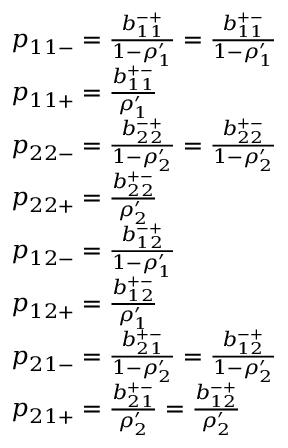
\begin{array} { r l } & { p _ { 1 1 - } = \frac { b _ { 1 1 } ^ { - + } } { 1 - \rho _ { 1 } ^ { \prime } } = \frac { b _ { 1 1 } ^ { + - } } { 1 - \rho _ { 1 } ^ { \prime } } } \\ & { p _ { 1 1 + } = \frac { b _ { 1 1 } ^ { + - } } { \rho _ { 1 } ^ { \prime } } } \\ & { p _ { 2 2 - } = \frac { b _ { 2 2 } ^ { - + } } { 1 - \rho _ { 2 } ^ { \prime } } = \frac { b _ { 2 2 } ^ { + - } } { 1 - \rho _ { 2 } ^ { \prime } } } \\ & { p _ { 2 2 + } = \frac { b _ { 2 2 } ^ { + - } } { \rho _ { 2 } ^ { \prime } } } \\ & { p _ { 1 2 - } = \frac { b _ { 1 2 } ^ { - + } } { 1 - \rho _ { 1 } ^ { \prime } } } \\ & { p _ { 1 2 + } = \frac { b _ { 1 2 } ^ { + - } } { \rho _ { 1 } ^ { \prime } } } \\ & { p _ { 2 1 - } = \frac { b _ { 2 1 } ^ { + - } } { 1 - \rho _ { 2 } ^ { \prime } } = \frac { b _ { 1 2 } ^ { - + } } { 1 - \rho _ { 2 } ^ { \prime } } } \\ & { p _ { 2 1 + } = \frac { b _ { 2 1 } ^ { + - } } { \rho _ { 2 } ^ { \prime } } = \frac { b _ { 1 2 } ^ { - + } } { \rho _ { 2 } ^ { \prime } } } \end{array}